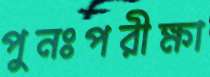
পুনঃপরীক্ষা